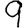
Digit: 9